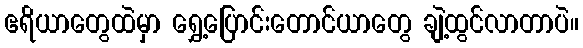
ဧရိယာတွေထဲမှာ ရွှေ့ပြောင်းတောင်ယာတွေ ချဲ့ထွင်လာတာပဲ။